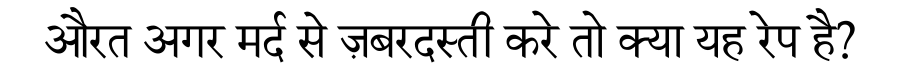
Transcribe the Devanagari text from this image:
औरत अगर मर्द से ज़बरदस्ती करे तो क्या यह रेप है?